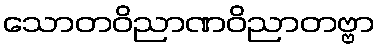
သောတဝိညာဏဝိညာတဗ္ဗာ